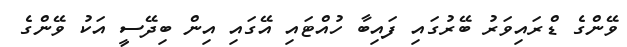
ވޭންގެ ޑްރައިވަރު ބޭރުގައި ފައިބާ ހުއްޓައި އޭގައި އިން ބިދޭސީ އަކު ވޭންގެ